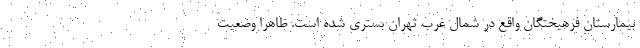
بیمارستان فرهیختگان واقع در شمال غرب تهران بستری شده است. ظاهرا وضعیت